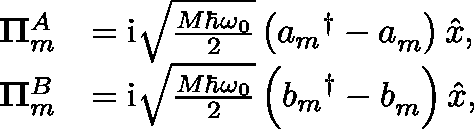
\begin{array} { r l } { \mathbf { \Pi } _ { m } ^ { A } } & { = \mathrm { i } \sqrt { \frac { M \hbar \omega _ { 0 } } { 2 } } \left( { a _ { m } } ^ { \dagger } - a _ { m } ^ { \phantom { \dagger } } \right) \hat { x } , } \\ { \mathbf { \Pi } _ { m } ^ { B } } & { = \mathrm { i } \sqrt { \frac { M \hbar \omega _ { 0 } } { 2 } } \left( { b _ { m } } ^ { \dagger } - b _ { m } ^ { \phantom { \dagger } } \right) \hat { x } , } \end{array}